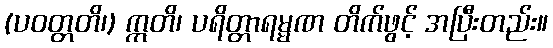
(ပဝတ္တတိ၊) ဣတိ၊ ပရိတ္တာရမ္မဏ တိက်ဖွင့် အပြီးတည်း။